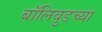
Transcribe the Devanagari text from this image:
बॉलिवुडच्या